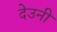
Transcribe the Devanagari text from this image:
देउनी